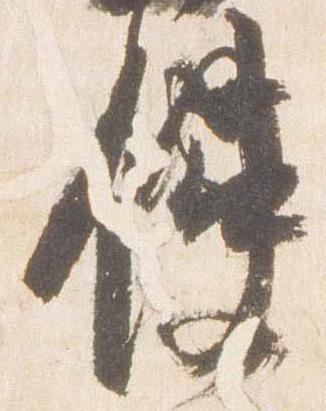
使